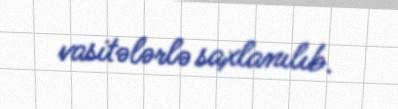
vasitələrlə saxlanılıb.